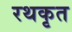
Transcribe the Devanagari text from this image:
रथकृत